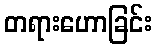
တရားဟောခြင်း